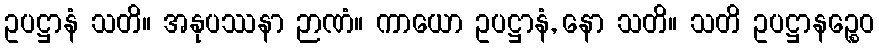
ဥပဋ္ဌာနံ သတိ။ အနုပဿနာ ဉာဏံ။ ကာယော ဥပဋ္ဌာနံ, နော သတိ။ သတိ ဥပဋ္ဌာနဉ္စေဝ